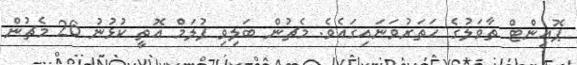
ޕޮއިންޓް ތާވަލުގެ ހަތަރުވަނައިގައެވެ. މެޗުން ބަލިވި ފުލަމް އޮތީ ކުޅުނު 26 މެޗުން